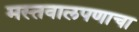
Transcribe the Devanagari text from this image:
मस्तवालपणाचा